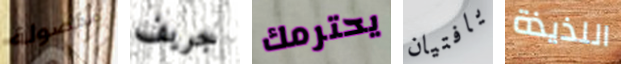
مفصولة جريف يحترمك يافتيان اللذيذة